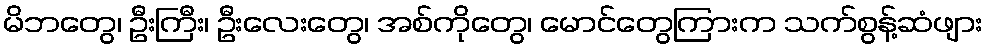
မိဘတွေ၊ ဦးကြီး၊ ဦးလေးတွေ၊ အစ်ကိုတွေ၊ မောင်တွေကြားက သက်စွန့်ဆံဖျား